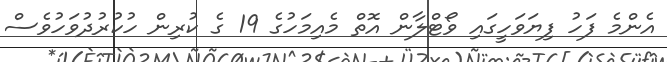
އެންމެ ފަހު ފިޔަވަހީގައި ވޯޓްލާން އޮތް މެއިމަހުގެ 19 ގެ ކުރިން ހުކުރުދުވަހުވެސް